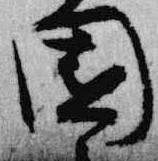
園